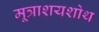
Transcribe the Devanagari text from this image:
मूत्राशयशोथ